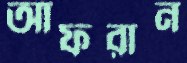
আফরান